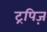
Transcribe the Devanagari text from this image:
ट्रपिज़